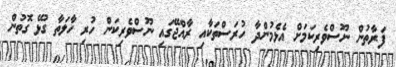
ފަރާތުން ނޫސްވެރިކަމަށް އެޅެމުންދާ ހުރަސްތަކާއި ރާއްޖޭގައި ނޫސްވެރިކަން ހުރި ހާލަތާ ގުޅޭ ގޮތުން